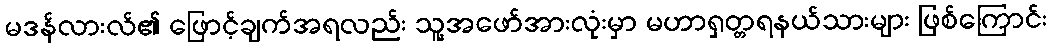
မဒန်လားလ်၏ ဖြောင့်ချက်အရလည်း သူ့အဖော်အားလုံးမှာ မဟာရှတ္တရနယ်သားများ ဖြစ်ကြောင်း